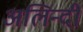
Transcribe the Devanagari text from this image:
अलिन्दी